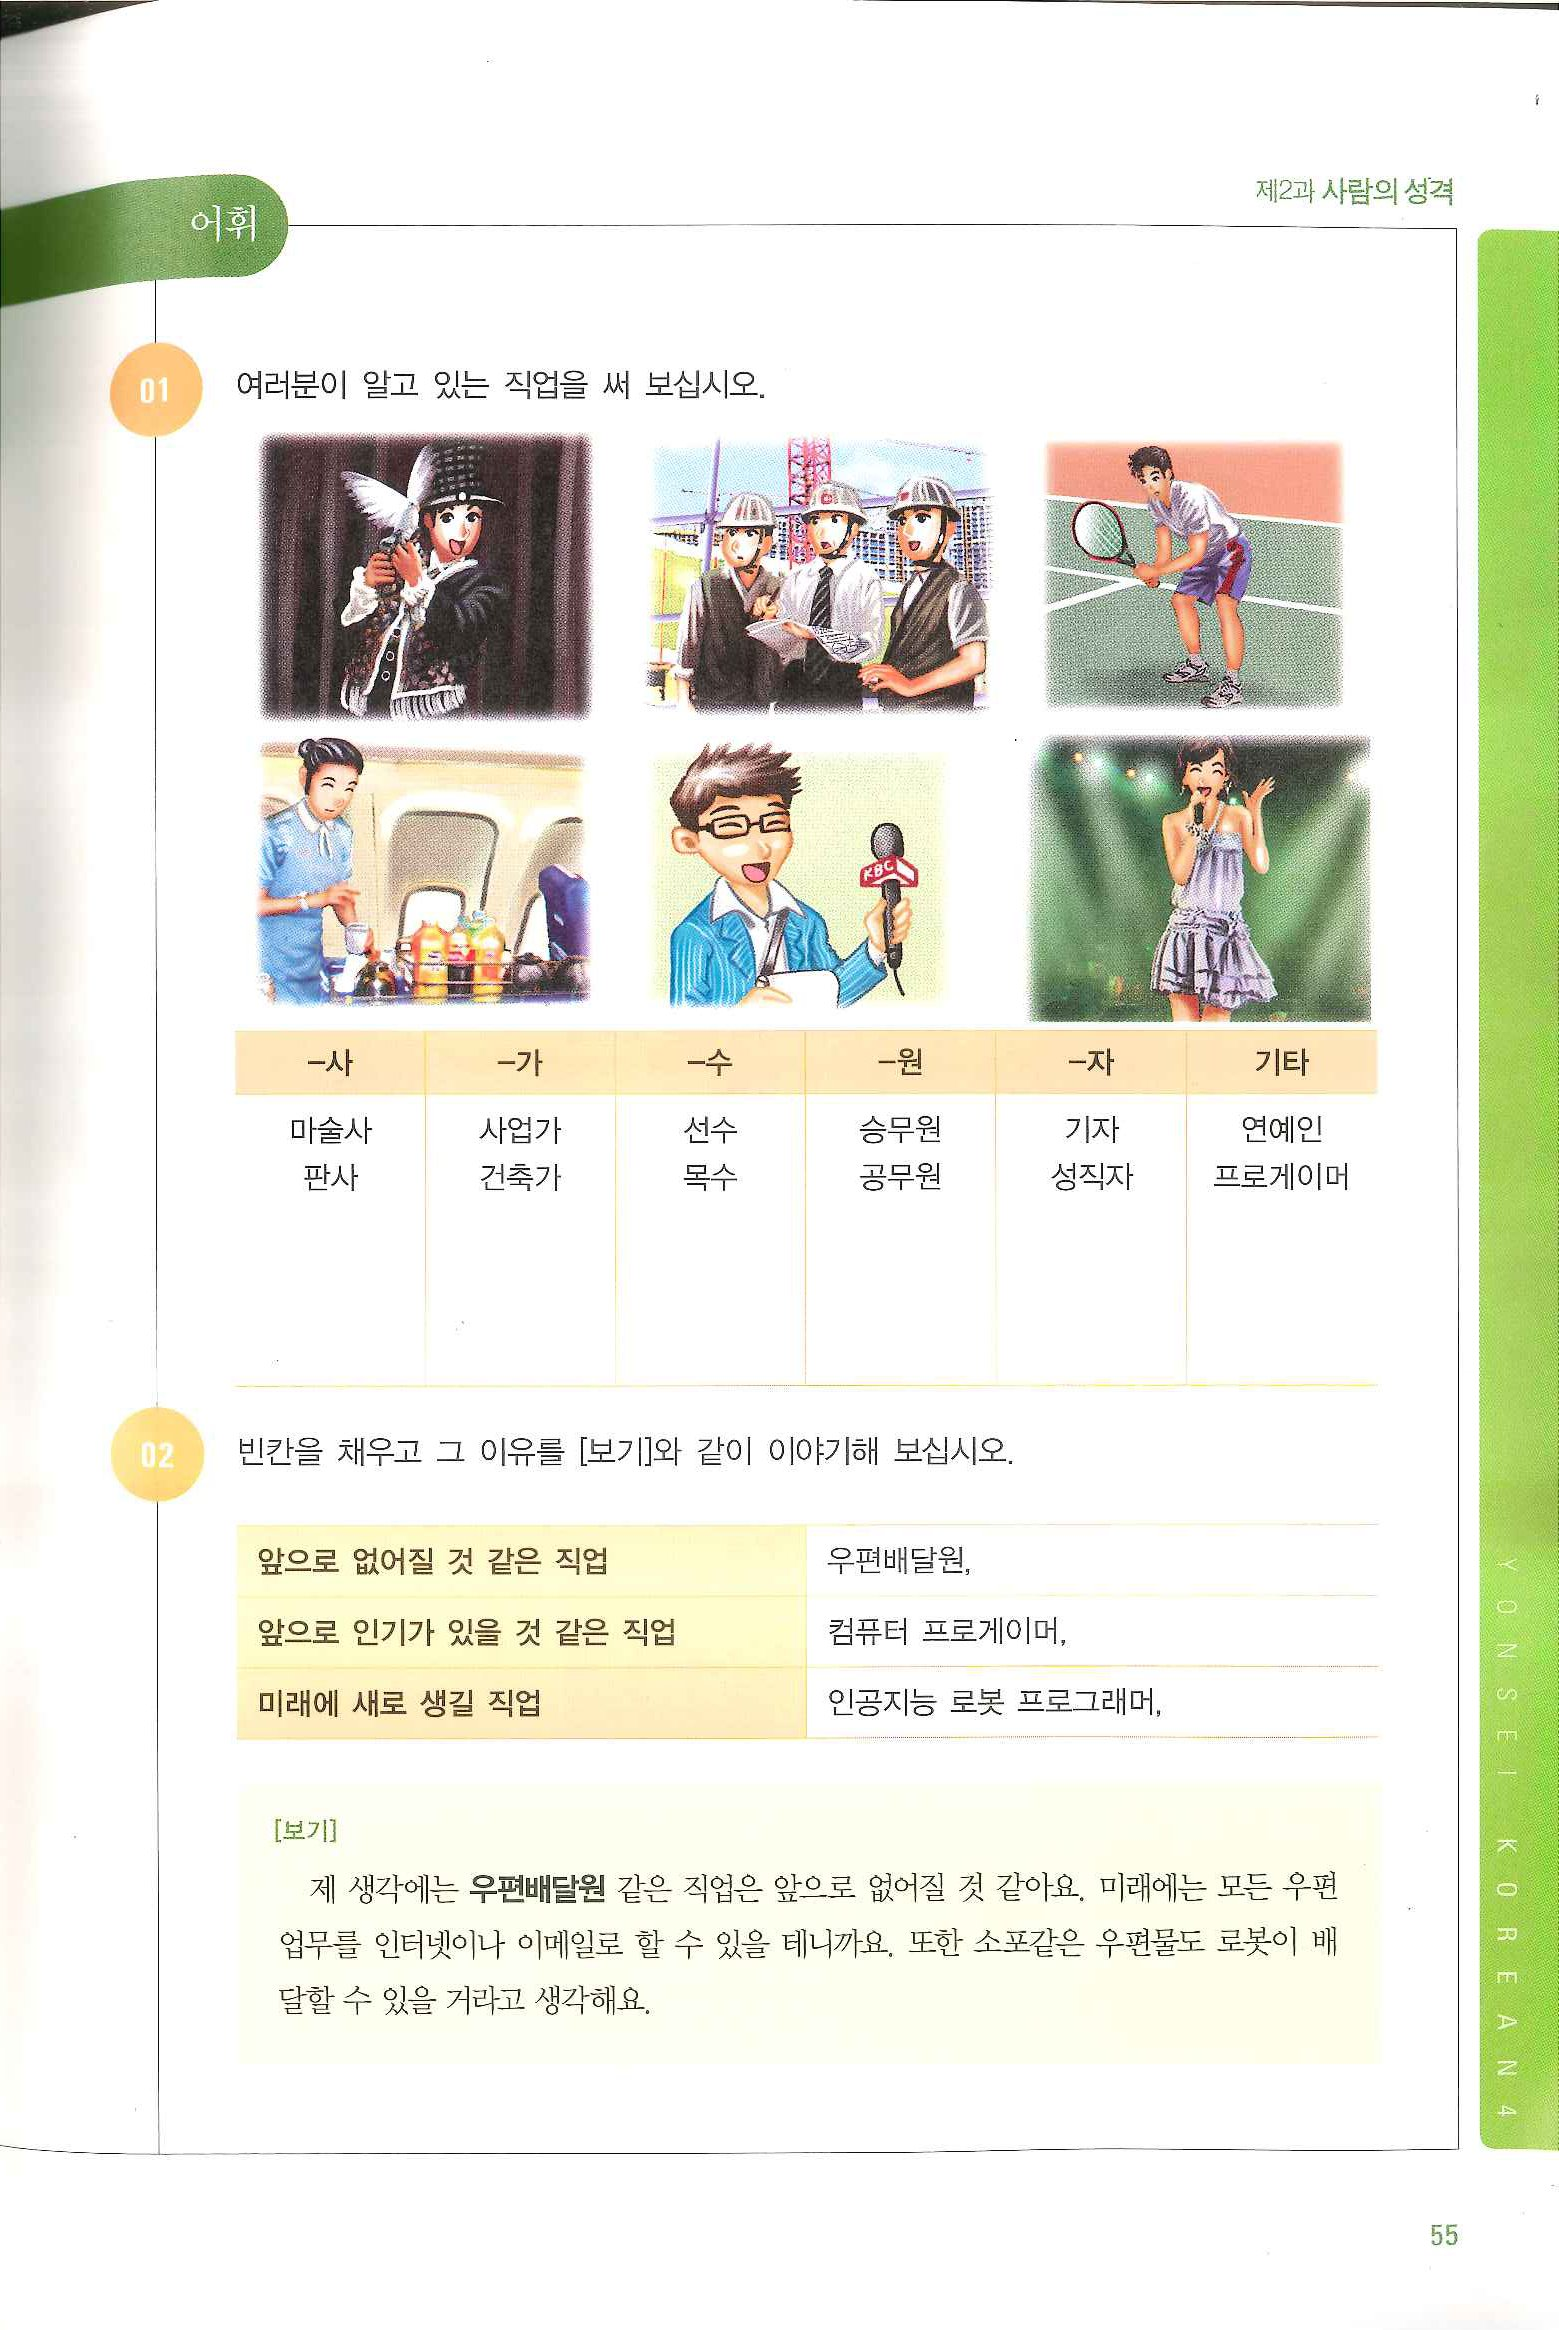
Language: ko